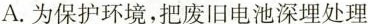
A.为保护环境，把废旧电池深埋处理